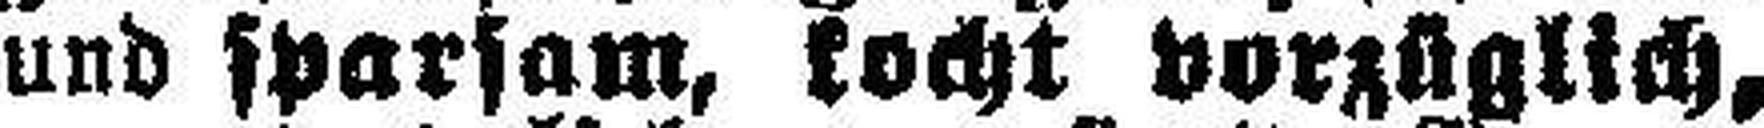
und sparsam, kocht vorzüglich,